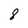
Character: 8